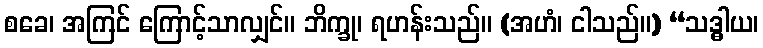
စခေ၊ အကြင် ကြောင့်သာလျှင်။ ဘိက္ခု၊ ရဟန်းသည်။ (အဟံ၊ ငါသည်။) “သဒ္ဓါယ၊